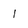
Character: 1